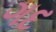
ગદ